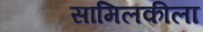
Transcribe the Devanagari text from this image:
सामिलकीला